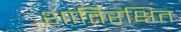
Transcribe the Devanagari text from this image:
शांतिरक्षित